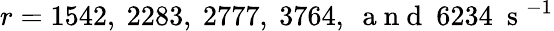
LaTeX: r=1542,~2283,~2777,~3764,~\mathrm{~a~n~d~}~6234~\mathrm{~s~}^{-1}